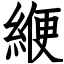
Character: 緶